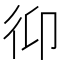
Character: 𢓋